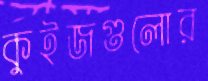
কুইজগুলোর